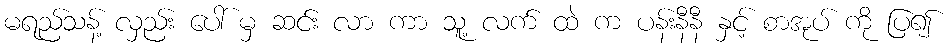
မရည်သန့် လှည်း ပေါ် မှ ဆင်း လာ ကာ သူ့ လက် ထဲ က ပန်းနီနီ နှင့် စာအုပ် ကို ပြ၍